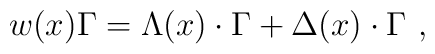
w(x)\Gamma =\Lambda (x)\cdot \Gamma +\Delta (x)\cdot \Gamma \,\,,